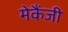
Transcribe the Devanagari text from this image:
मेकैंजी